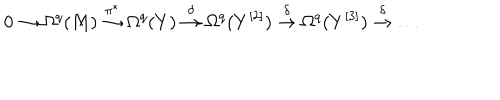
0 \to \Omega ^ { q } ( M ) \stackrel { \pi ^ { * } } { \to } \Omega ^ { q } ( Y ) \stackrel { \delta } { \to } \Omega ^ { q } ( Y ^ { [ 2 ] } ) \stackrel { \delta } { \to } \Omega ^ { q } ( Y ^ { [ 3 ] } ) \stackrel { \delta } { \to } \dots